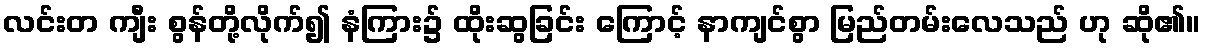
လင်းတ ကျီး စွန်တို့လိုက်၍ နံကြား၌ ထိုးဆွခြင်း ကြောင့် နာကျင်စွာ မြည်တမ်းလေသည် ဟု ဆို၏။